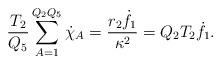
LaTeX: \begin{align*}{T_2 \over Q_5} \sum_{A=1}^{Q_2Q_5} \dot{\chi}_A = {r_2{\dot{f}_1} \over{\kappa^2}} = Q_2 T_2 \dot{f}_1.\end{align*}